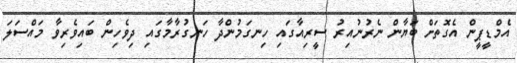
އެމްޑީޕީން އެގޮތަށް ބަޔާން ނެރުނުއިރު ސީރިއާގައި ހިނގަމުންދާ ހަނގުރާމާގައި ދިވެހިން ބައިވެރިވާ މައްސަލަ